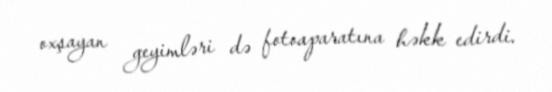
oxşayan geyimləri də fotoaparatına həkk edirdi.